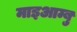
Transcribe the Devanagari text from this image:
माइआम्बु